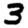
Digit: 3